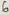
Text: 6